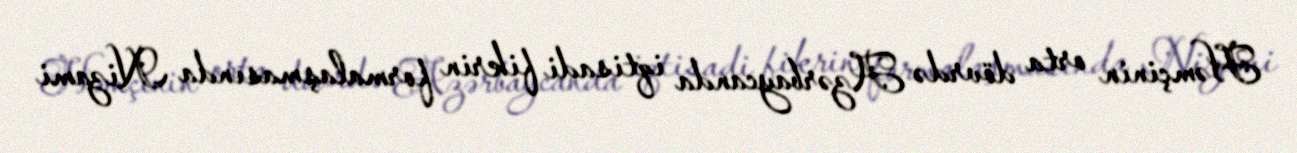
Həmçinin orta dövrdə Azərbaycanda iqtisadi fikrin formalaşmasında Nizami